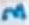
Text: 3